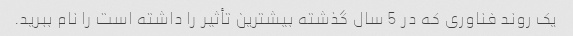
یک روند فناوری که در 5 سال گذشته بیشترین تأثیر را داشته است را نام ببرید.